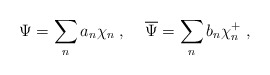
\begin{align*}\Psi=\sum_n a_n\chi_n\; ,\;\;\;\; \overline{\Psi}=\sum_n b_n\chi_n^+\; ,\end{align*}